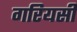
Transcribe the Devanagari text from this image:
गरियसी